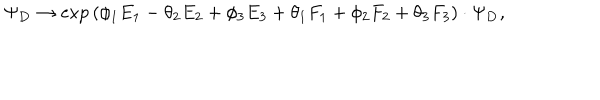
\Psi _ { \bf D } \rightarrow \exp { ( \phi _ { 1 } E _ { 1 } - \theta _ { 2 } E _ { 2 } + \phi _ { 3 } E _ { 3 } + \theta _ { 1 } F _ { 1 } + \phi _ { 2 } F _ { 2 } + \theta _ { 3 } F _ { 3 } ) } \cdot \Psi _ { \bf D } ,